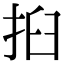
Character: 㧮